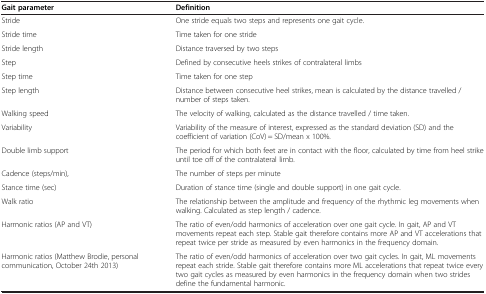
<table><thead><tr><td><b>Gait parameter</b></td><td><b>Definition</b></td></tr></thead><tbody><tr><td>Stride</td><td>One stride equals two steps and represents one gait cycle.</td></tr><tr><td>Stride time</td><td>Time taken for one stride</td></tr><tr><td>Stride length</td><td>Distance traversed by two steps</td></tr><tr><td>Step</td><td>Defined by consecutive heels strikes of contralateral limbs</td></tr><tr><td>Step time</td><td>Time taken for one step</td></tr><tr><td>Step length</td><td>Distance between consecutive heel strikes, mean is calculated by the distance travelled / number of steps taken.</td></tr><tr><td>Walking speed</td><td>The velocity of walking, calculated as the distance travelled / time taken.</td></tr><tr><td>Variability</td><td>Variability of the measure of interest, expressed as the standard deviation (SD) and the coefficient of variation (CoV) = SD/mean x 100%.</td></tr><tr><td>Double limb support</td><td>The period for which both feet are in contact with the floor, calculated by time from heel strike until toe off of the contralateral limb.</td></tr><tr><td>Cadence (steps/min),</td><td>The number of steps per minute</td></tr><tr><td>Stance time (sec)</td><td>Duration of stance time (single and double support) in one gait cycle.</td></tr><tr><td>Walk ratio</td><td>The relationship between the amplitude and frequency of the rhythmic leg movements when walking. Calculated as step length / cadence.</td></tr><tr><td>Harmonic ratios (AP and VT)</td><td>The ratio of even/odd harmonics of acceleration over one gait cycle. In gait, AP and VT movements repeat each step. Stable gait therefore contains more AP and VT accelerations that repeat twice per stride as measured by even harmonics in the frequency domain.</td></tr><tr><td>Harmonic ratios (Matthew Brodie, personal communication, October 24th 2013)</td><td>The ratio of even/odd harmonics of acceleration over two gait cycles. In gait, ML movements repeat each stride. Stable gait therefore contains more ML accelerations that repeat twice every two gait cycles as measured by even harmonics in the frequency domain when two strides define the fundamental harmonic.</td></tr></tbody></table>